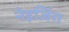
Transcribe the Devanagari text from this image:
नेइजिंग